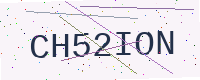
Text: CH52ION